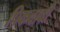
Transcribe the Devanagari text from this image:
पिकवावी